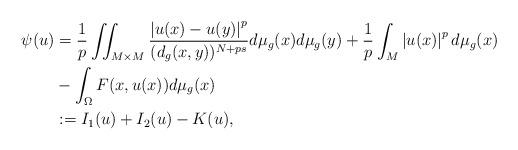
LaTeX: \begin{align*}\psi(u)&=\frac{1}{p}\iint_{M\times M}\frac{\left| u(x)-u(y) \right|^{p}}{(d_g(x,y))^{N+ps}}d\mu _g(x)d\mu _g(y)+ \frac{1}{p} \int _{M} \left| u(x) \right|^{p} d\mu _g(x)\\ &-\int _{\Omega} F(x, u(x)) d\mu _g(x)\\ &:= I_{1}(u)+ I_{2}(u)-K(u),\end{align*}